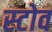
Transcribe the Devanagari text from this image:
स्‍टोव